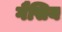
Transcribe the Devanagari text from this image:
गैसिय